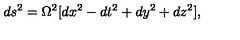
d s ^ { 2 } = \Omega ^ { 2 } [ d x ^ { 2 } - d t ^ { 2 } + d y ^ { 2 } + d z ^ { 2 } ] ,